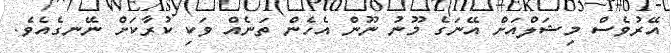
އޭރުވެސް މިޝަލްއަށް އޭނަގެ މޫނު ނޫން އެހެން ތަނެއް ވަކި ކުރާކަށް ނޭނގެއެވެ.